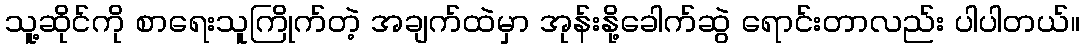
သူ့ဆိုင်ကို စာရေးသူကြိုက်တဲ့ အချက်ထဲမှာ အုန်းနို့ခေါက်ဆွဲ ရောင်းတာလည်း ပါပါတယ်။